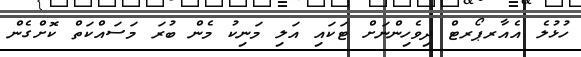
ހުޅުލެ އެއާރޕޯރޓް ދިވެހިންނަށް ޓަކައި އަލި މަނިކު މެން ބުރަ މަސައްކަތް ކޮށްގެން